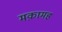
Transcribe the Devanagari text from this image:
मक़ामह